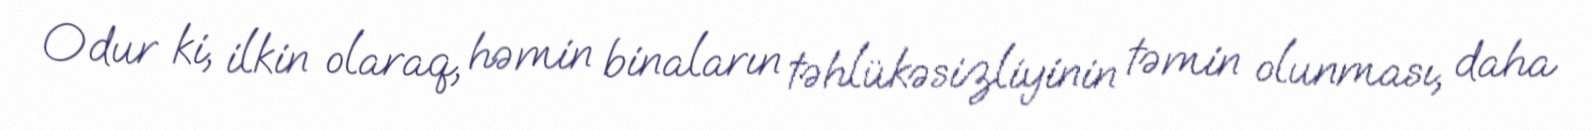
Odur ki, ilkin olaraq, həmin binaların təhlükəsizliyinin təmin olunması, daha